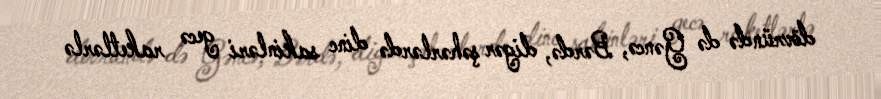
dövründə də Gəncə, Bərdə, digər şəhərlərdə dinc sakinləri gecə raketlərlə